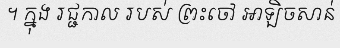
។ ក្នុង រជ្ជកាល របស់ ព្រះចៅ អាឡិចសាន់